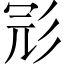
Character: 𢒎